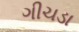
ગીચડા